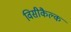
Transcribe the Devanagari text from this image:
विसीकैल्क